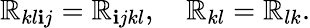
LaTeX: \mathbb{R}_{kl\mathbf{i}j}=\mathbb{R}_{\mathbf{i}jkl},\quad\mathbb{R}_{kl}=\mathbb{R}_{lk}.